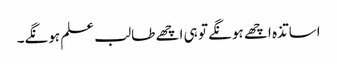
اساتذہ اچھے ہونگے تو ہی اچھے طالب علم ہونگے۔